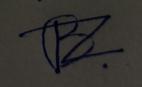
Signature authenticity: forged